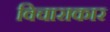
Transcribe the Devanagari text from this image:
विचाराकार